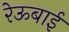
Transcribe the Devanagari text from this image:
रेऊबाई